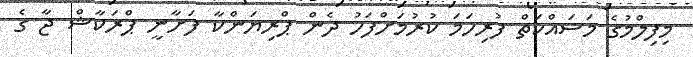
މިފިލްމުގެ މަސައްކަތް ފުރިހަމަ ކުރުމަށްފަހު ދެން ޕްރިޔަންކާ ފަށާނީ ޕްރަކާޝް ޖާ ގެ